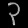
Digit: ၃